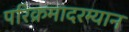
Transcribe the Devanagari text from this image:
परिक्रमादरम्यान